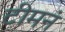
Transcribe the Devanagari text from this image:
टीमनं